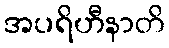
အပရိဟီနာတိ